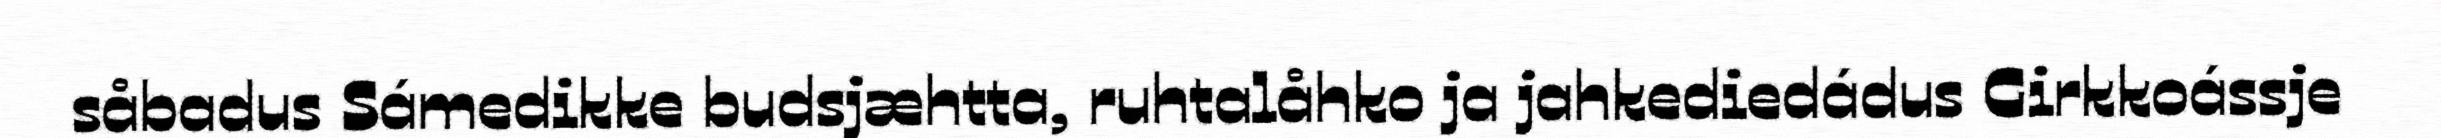
såbadus Sámedikke budsjæhtta, ruhtalåhko ja jahkediedádus Girkkoássje